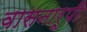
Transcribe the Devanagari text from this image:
वासनारूपी